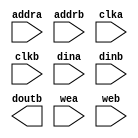
module BRAM(
	addra,
	addrb,
	clka,
	clkb,
	dina,
	dinb,
	doutb,
	wea,
	web);


input [9 : 0] addra;
input [9 : 0] addrb;
input clka;
input clkb;
input [31 : 0] dina;
input [31 : 0] dinb;
output [31 : 0] doutb;
input wea;
input web;

// synthesis translate_off

      BLKMEMDP_V6_3 #(
		.c_addra_width(10),
		.c_addrb_width(10),
		.c_default_data("0"),
		.c_depth_a(1024),
		.c_depth_b(1024),
		.c_enable_rlocs(0),
		.c_has_default_data(1),
		.c_has_dina(1),
		.c_has_dinb(1),
		.c_has_douta(0),
		.c_has_doutb(1),
		.c_has_ena(0),
		.c_has_enb(0),
		.c_has_limit_data_pitch(0),
		.c_has_nda(0),
		.c_has_ndb(0),
		.c_has_rdya(0),
		.c_has_rdyb(0),
		.c_has_rfda(0),
		.c_has_rfdb(0),
		.c_has_sinita(0),
		.c_has_sinitb(0),
		.c_has_wea(1),
		.c_has_web(1),
		.c_limit_data_pitch(18),
		.c_mem_init_file("mif_file_16_1"),
		.c_pipe_stages_a(0),
		.c_pipe_stages_b(0),
		.c_reg_inputsa(0),
		.c_reg_inputsb(0),
		.c_sim_collision_check("NONE"),
		.c_sinita_value("0"),
		.c_sinitb_value("0"),
		.c_width_a(32),
		.c_width_b(32),
		.c_write_modea(0),
		.c_write_modeb(0),
		.c_ybottom_addr("0"),
		.c_yclka_is_rising(1),
		.c_yclkb_is_rising(1),
		.c_yena_is_high(1),
		.c_yenb_is_high(1),
		.c_yhierarchy("hierarchy1"),
		.c_ymake_bmm(0),
		.c_yprimitive_type("32kx1"),
		.c_ysinita_is_high(1),
		.c_ysinitb_is_high(1),
		.c_ytop_addr("1024"),
		.c_yuse_single_primitive(0),
		.c_ywea_is_high(1),
		.c_yweb_is_high(1),
		.c_yydisable_warnings(1))
	inst (
		.ADDRA(addra),
		.ADDRB(addrb),
		.CLKA(clka),
		.CLKB(clkb),
		.DINA(dina),
		.DINB(dinb),
		.DOUTB(doutb),
		.WEA(wea),
		.WEB(web),
		.DOUTA(),
		.ENA(),
		.ENB(),
		.NDA(),
		.NDB(),
		.RFDA(),
		.RFDB(),
		.RDYA(),
		.RDYB(),
		.SINITA(),
		.SINITB());


// synthesis translate_on

// XST black box declaration
// box_type "black_box"
// synthesis attribute box_type of BRAM is "black_box"

endmodule